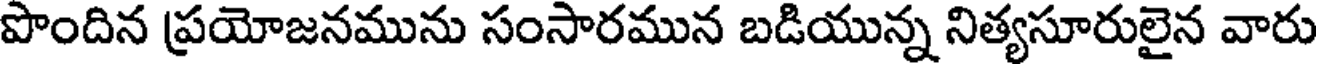
పొందిన ప్రయోజనమును సంసారమున బడియున్న నిత్యసూరులైన వారు